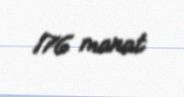
176 manat